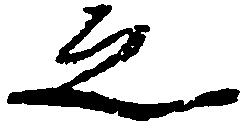
之